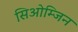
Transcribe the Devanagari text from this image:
सिओम्जिन